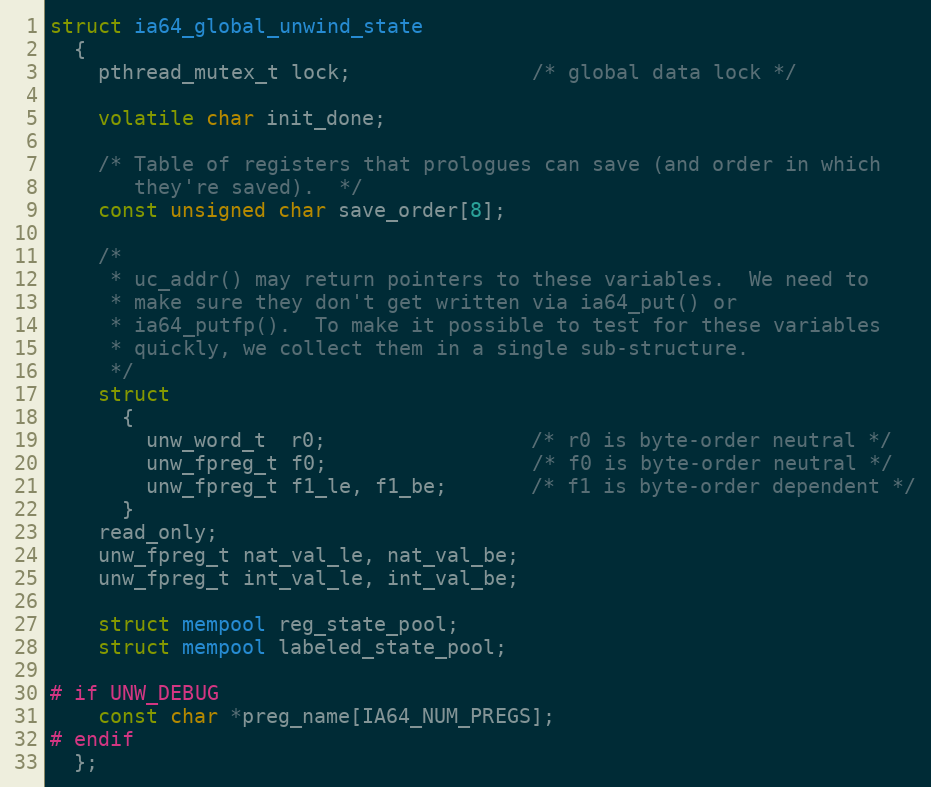
Language: C
struct ia64_global_unwind_state
  {
    pthread_mutex_t lock;               /* global data lock */

    volatile char init_done;

    /* Table of registers that prologues can save (and order in which
       they're saved).  */
    const unsigned char save_order[8];

    /*
     * uc_addr() may return pointers to these variables.  We need to
     * make sure they don't get written via ia64_put() or
     * ia64_putfp().  To make it possible to test for these variables
     * quickly, we collect them in a single sub-structure.
     */
    struct
      {
        unw_word_t  r0;                 /* r0 is byte-order neutral */
        unw_fpreg_t f0;                 /* f0 is byte-order neutral */
        unw_fpreg_t f1_le, f1_be;       /* f1 is byte-order dependent */
      }
    read_only;
    unw_fpreg_t nat_val_le, nat_val_be;
    unw_fpreg_t int_val_le, int_val_be;

    struct mempool reg_state_pool;
    struct mempool labeled_state_pool;

# if UNW_DEBUG
    const char *preg_name[IA64_NUM_PREGS];
# endif
  };